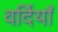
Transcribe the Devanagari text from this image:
वर्दियाँ